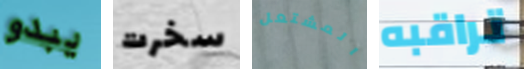
يبدو سخرت المشتعل تراقبه